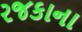
રજકાના